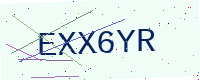
Text: EXX6YR